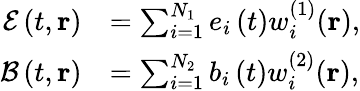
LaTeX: \begin{array}{rl}{\mathcal{E}\left(t,\mathbf{r}\right)}&{=\sum_{i=1}^{N_{1}}e_{i}\left(t\right)w_{i}^{(1)}(\mathbf{r}),}\\ {\mathcal{B}\left(t,\mathbf{r}\right)}&{=\sum_{i=1}^{N_{2}}b_{i}\left(t\right)w_{i}^{(2)}(\mathbf{r}),}\end{array}